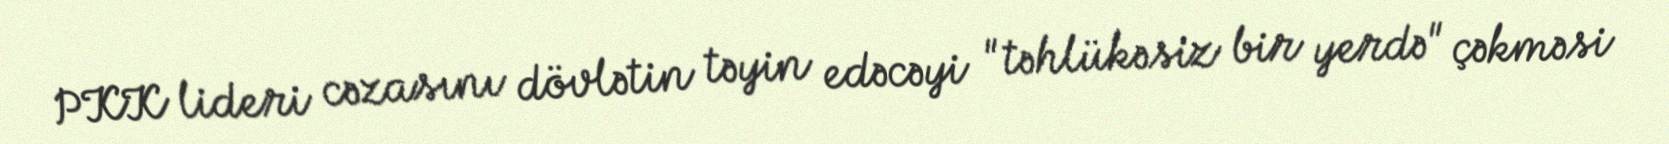
PKK lideri cəzasını dövlətin təyin edəcəyi "təhlükəsiz bir yerdə" çəkməsi